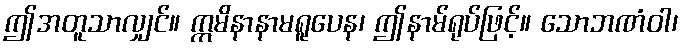
ဤအတူသာလျှင်။ ဣမိနာနာမရူပေန၊ ဤနာမ်ရုပ်ဖြင့်။ သောဘဏံဝါ၊